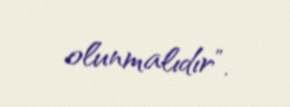
olunmalıdır”.